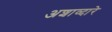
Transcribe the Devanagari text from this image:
अशाव्दारे